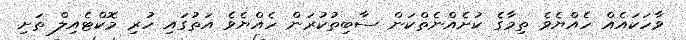
ވާހަކައެއް ހެއްޔެވެ ތިމާގެ ކުށެއްނެތްކަން ސާބިތުކުރަން ހެއްޔެވެ އަތުގައި ހުރި މޮކްޓެއިލް ތަށި